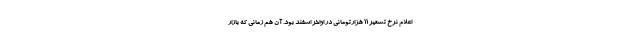
اعلام نرخ تسعیر 11 هزارتومانی در اواخر اسفند بود. آن هم زمانی که بازار